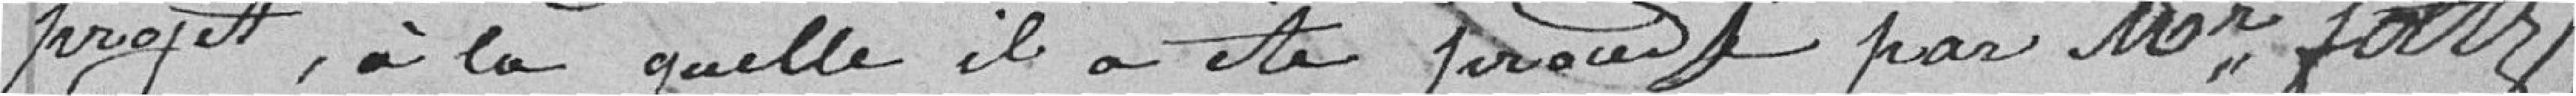
projet, à laquelle il a été procédé par Mr. foltz,